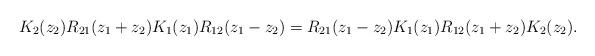
LaTeX: \begin{align*}K_2 (z_2 )R_{21}(z_1 +z_2 )K_1 (z_1 )R_{12}(z_1 -z_2 )=R_{21}(z_1 -z_2 )K_1 (z_1 )R_{12}(z_1 +z_2 )K_2 (z_2 ). \end{align*}